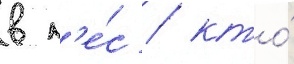
в л'е́с / кто́